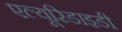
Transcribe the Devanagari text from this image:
एल्यूरिडाइडी